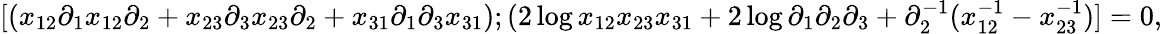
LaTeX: [(x_{12}\partial_{1}x_{12}\partial_{2}+x_{23}\partial_{3}x_{23}\partial_{2}+x_{31}\partial_{1}\partial_{3}x_{31});(2\log x_{12}x_{23}x_{31}+2\log\partial_{1}\partial_{2}\partial_{3}+\partial_{2}^{-1}(x_{12}^{-1}-x_{23}^{-1})]=0,